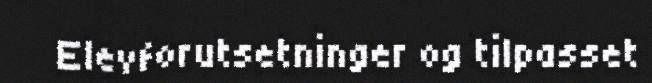
Elevforutsetninger og tilpasset